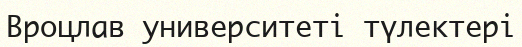
Вроцлав университеті түлектері